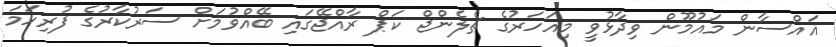
ޣައްސާން މައުމޫން ވިދާޅުވީ މިއަހަރުގެ ޗެލެންޖް ކަޕް ރާއްޖޭގައި ބޭއްވުމަށް ސަރުކާރުގެ ފުރިހަމަ